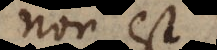
non est